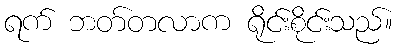
ရက် ဘတ်တလာက ရိုင်းစိုင်းသည်။